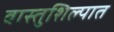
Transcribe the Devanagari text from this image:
वास्तुशिल्पात